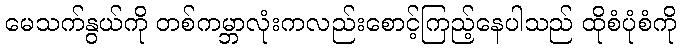
မေသက်နွယ်ကို တစ်ကမ္ဘာလုံးကလည်းစောင့်ကြည့်နေပါသည် ထိုစံပုံစံကို